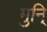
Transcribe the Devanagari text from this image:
मुनि्